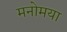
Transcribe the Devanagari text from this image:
मनोमया